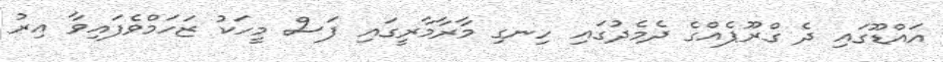
އައްޑޫގައި ދެ ގްރޫޕެއްގެ ދެމެދުގައި ހިނގި މާރާމާރީގައި ފަސް މީހަކު ޒަހަމްވެފައިވާ އިރު